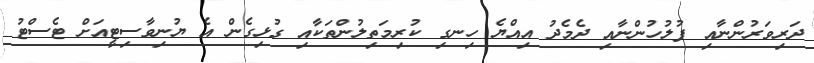
ދަރިވަރުންނާއި ފުލުހުންނާއި ދެމެދު އިއްޔެ ހިނގި ކުރިމަތިލުންތަކާއި ގުޅިގެން އެ ޔުނިވާސިޓީއަށް ޓެސްޓު